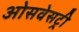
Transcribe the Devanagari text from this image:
ओसवेसट्री